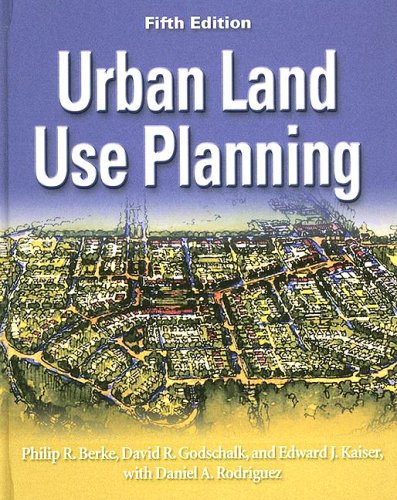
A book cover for Urban Land Use Planning, Fifth Edition; Philip R. Berke; Arts & Photography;